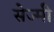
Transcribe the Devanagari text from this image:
सेज्मी